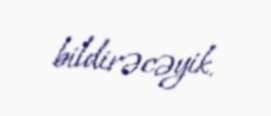
bildirəcəyik.